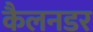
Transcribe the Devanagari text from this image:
कैलनडर